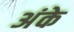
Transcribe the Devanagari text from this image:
अंके